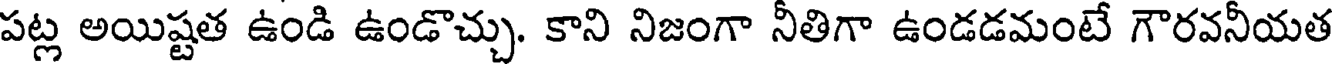
పట్ల అయిష్టత ఉండి ఉండొచ్చు. కాని నిజంగా నీతిగా ఉండడమంటే గౌరవనీయత